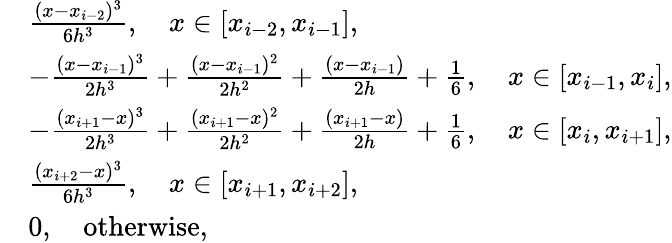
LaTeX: \begin{array}{rl}&{\frac{(x-x_{i-2})^{3}}{6h^{3}},\quad x\in[x_{i-2},x_{i-1}],}\\ &{-\frac{(x-x_{i-1})^{3}}{2h^{3}}+\frac{(x-x_{i-1})^{2}}{2h^{2}}+\frac{(x-x_{i-1})}{2h}+\frac{1}{6},\quad x\in[x_{i-1},x_{i}],}\\ &{-\frac{(x_{i+1}-x)^{3}}{2h^{3}}+\frac{(x_{i+1}-x)^{2}}{2h^{2}}+\frac{(x_{i+1}-x)}{2h}+\frac{1}{6},\quad x\in[x_{i},x_{i+1}],}\\ &{\frac{(x_{i+2}-x)^{3}}{6h^{3}},\quad x\in[x_{i+1},x_{i+2}],}\\ &{0,\quad\textup{otherwise},}\end{array}